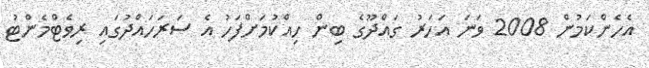
އެހެންކަމުން 2008 ވަނަ އަހަރު ގައްދޫގެ ބިން ހިއްކުމަށްފަހު އެ ސަރަހައްދުގައި ރިވެޓްމެންޓު